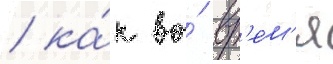
/ ка́к во́ вр'е́м'я